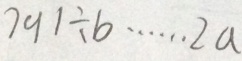
7 9 1 \div b \cdots 2 a